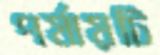
পর্যায়টি